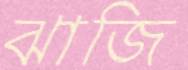
ঝাজি